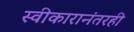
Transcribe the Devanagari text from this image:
स्वीकारानंतरही